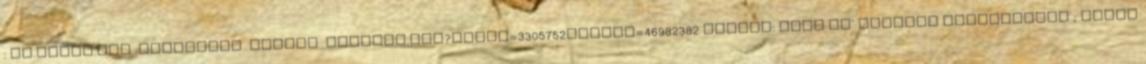
: my.opera.com magamgesa albums showpic.dml?album=3305752πcture=46982382 ZsoltP: Hehe Má' megérte megcsinálni ; Nekem